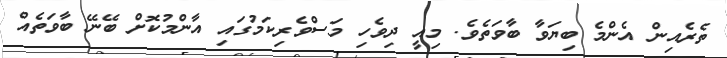
ތެރެއިން އެންމެ ބިޔަވާ ބާވަތެވެ. މިއީ ދިވެހި މަސްވެރިކަމުގައި އާންމުކޮށް ބޭނޭ ބާވަތެއް